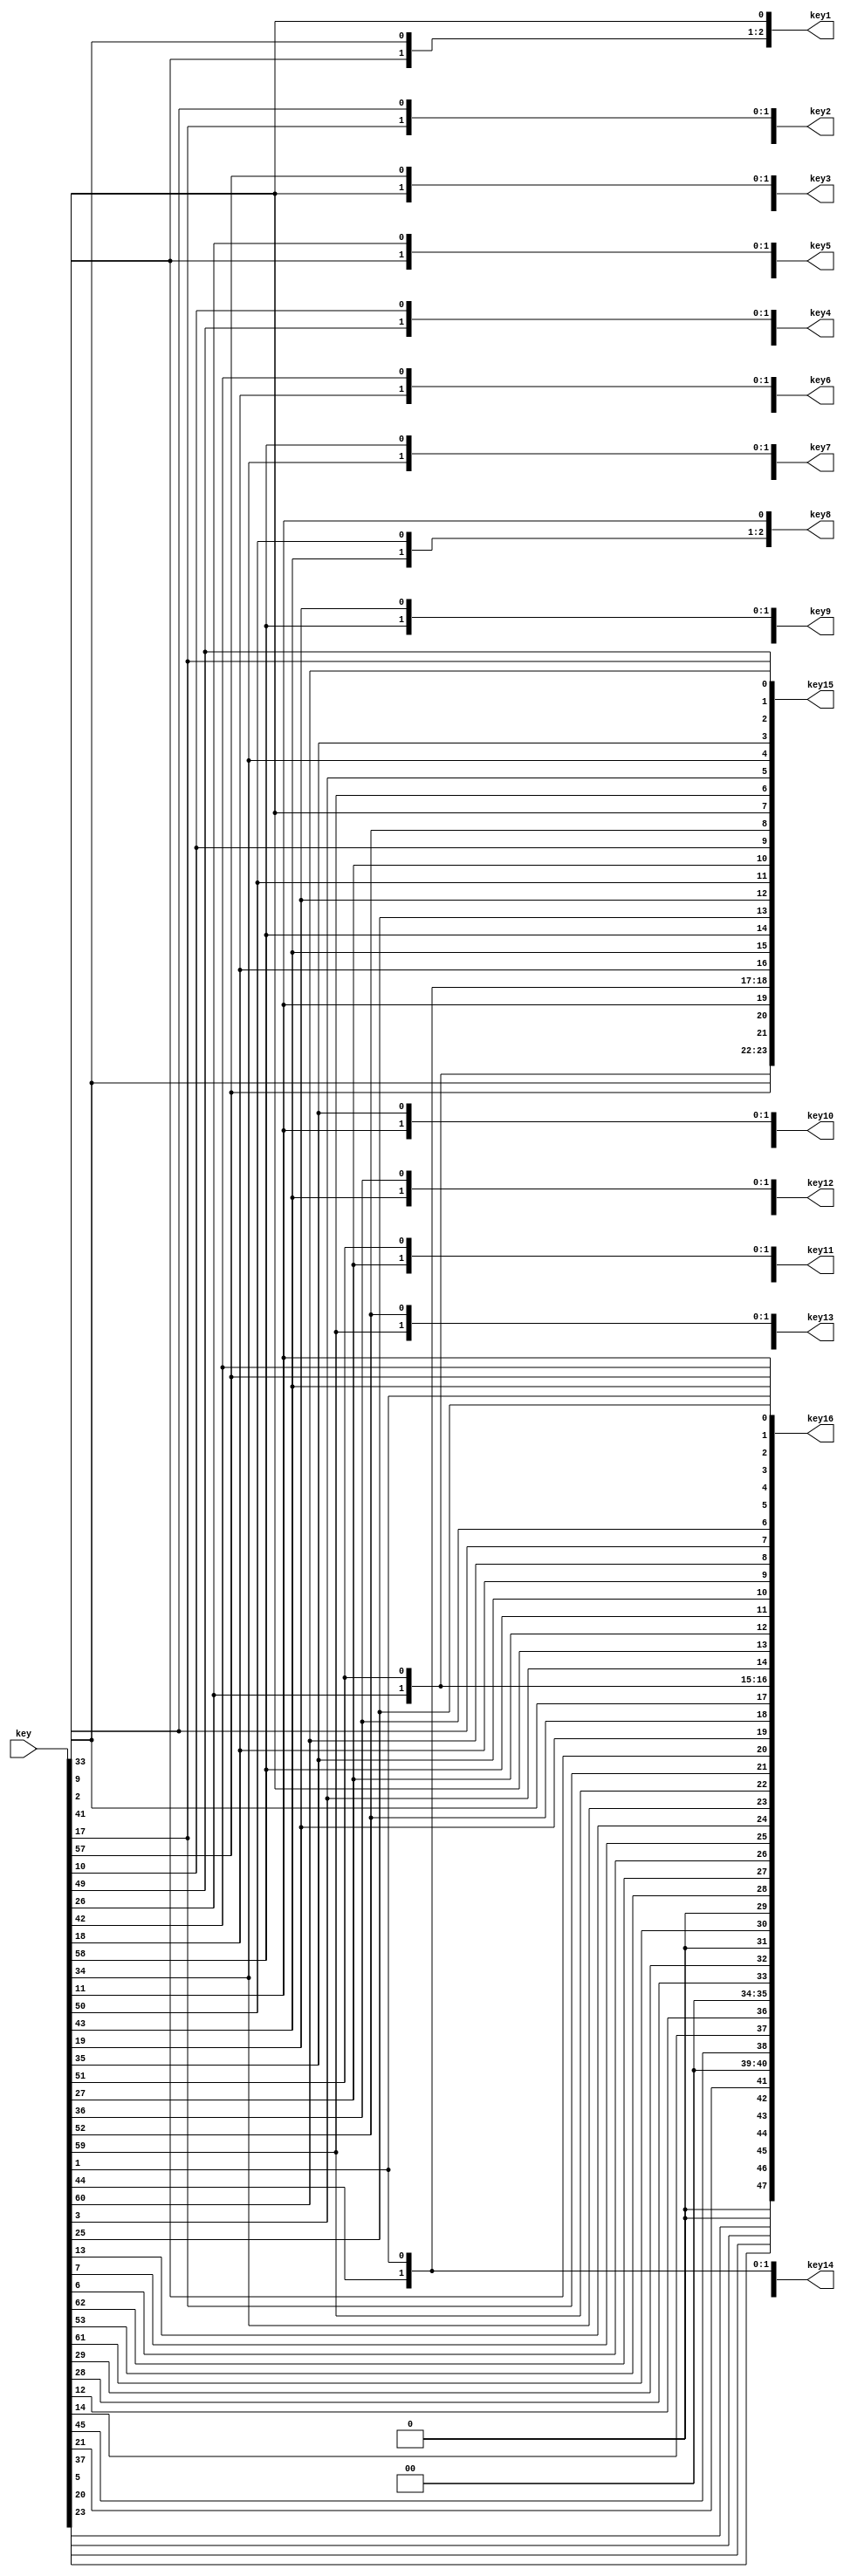

module KeyTf(output reg [47:0] key1, key2, key3, key4, key5, key6, key7, key8, key9, key10, key11, key12, key13, key14, key15, key16, input [63:0] key);
  //Key transform where, 56 bitsare taken from the 64 bit key.
  function [55:0] PC1_perm(input [63:0] key);
    integer PC1[55:0];
    integer i;
    reg [55:0] temp_perm;
    begin
			PC1[0] = 57;PC1[1] = 49;PC1[2] = 41;PC1[3] = 33;PC1[4] = 25;PC1[5] = 17;PC1[6] = 9;PC1[7] = 1;
			PC1[8] = 58;PC1[9] = 50;PC1[10] = 42;PC1[11] = 34;PC1[12] = 26;PC1[13] = 18;PC1[14] = 10;PC1[15] = 2;
			PC1[16] = 59;PC1[17] = 51;PC1[18] = 43;PC1[19] = 35;PC1[20] = 27;PC1[21] = 19;PC1[22] = 11;PC1[23] = 3;
			PC1[24] = 60;PC1[25] = 52;PC1[26] = 44;PC1[27] = 36;PC1[28] = 63;PC1[29] = 55;PC1[30] = 47;PC1[31] = 39;
			PC1[32] = 31;PC1[33] = 23;PC1[34] = 15;PC1[35] = 7;PC1[36] = 62;PC1[37] = 54;PC1[38] = 46;PC1[39] = 38;
			PC1[40] = 30;PC1[41] = 22;PC1[42] = 14;PC1[43] = 6;PC1[44] = 61;PC1[45] = 53;PC1[46] = 45;PC1[47] = 37;
      PC1[48] = 29;PC1[49] = 21;PC1[50] = 13;PC1[51] = 5;PC1[52] = 28;PC1[53] = 20;PC1[54] = 12;PC1[55] = 4;

			for(i=0; i<56; i=i+1)
        temp_perm[55-i] = key[64-PC1[i]];

			PC1_perm = temp_perm;
    end
  endfunction
  // key transform 2. where 48 bits are chosen from the 56 bit key. (this key is different for every iteration. )
  // 16 iterations are carried out.
  function [47:0] PC2_perm(input [55:0] key_s);
    integer PC2[47:0];
    integer i;
    reg [47:0] temp_perm;
    begin
			PC2[0] = 14;PC2[1] = 17;PC2[2] = 11;PC2[3] = 24;PC2[4] = 1;PC2[5] = 5;PC2[6] = 3;PC2[7] = 28;
			PC2[8] = 15;PC2[9] = 6;PC2[10] = 21;PC2[11] = 10;PC2[12] = 23;PC2[13] = 19;PC2[14] = 12;PC2[15] = 4;
			PC2[16] = 26;PC2[17] = 8;PC2[18] = 16;PC2[19] = 7;PC2[20] = 27;PC2[21] = 20;PC2[22] = 13;PC2[23] = 2;
			PC2[24] = 41;PC2[25] = 52;PC2[26] = 31;PC2[27] = 37;PC2[28] = 47;PC2[29] = 55;PC2[30] = 30;PC2[31] = 40;
			PC2[32] = 51;PC2[33] = 45;PC2[34] = 33;PC2[35] = 48;PC2[36] = 44;PC2[37] = 49;PC2[38] = 39;PC2[39] = 56;
			PC2[40] = 34;PC2[41] = 53;PC2[42] = 46;PC2[43] = 42;PC2[44] = 50;PC2[45] = 36;PC2[46] = 29;PC2[47] = 32;

			for(i=0; i<48; i=i+1)
        temp_perm[47-i] = key_s[56-PC2[i]];

			PC2_perm = temp_perm;
    end
  endfunction
// Left shift function to choose the 48 bit key from the 56 bit key.
  function [55:0] C_i_D_i(input integer i, input [27:0] C_last, D_last);
    integer shift_left[0:15];
    begin
      shift_left[0] = 1;
      shift_left[1] = 1;
      shift_left[2] = 2;
      shift_left[3] = 2;
      shift_left[4] = 2;
      shift_left[5] = 2;
      shift_left[6] = 2;
      shift_left[7] = 2;
      shift_left[8] = 1;
      shift_left[9] = 2;
      shift_left[10] = 2;
      shift_left[11] = 2;
      shift_left[12] = 2;
      shift_left[13] = 2;
      shift_left[14] = 2;
      shift_left[15] = 1;

      if(shift_left[i-1] == 'd1)
        C_i_D_i = {C_last[26:0], C_last[27], D_last[26:0], D_last[27]};
      else if(shift_left[i-1] == 'd2)
        C_i_D_i = {C_last[25:1], C_last[27:26], D_last[25:0], D_last[27:26]};

    end
  endfunction

  reg [55:0] temp_pc1;
  reg [27:0] C[16:0], D[16:0];
  reg [47:0] K[0:15];
  integer i;

  always @(key)
  begin
    temp_pc1 = PC1_perm(key);
    C[0] = temp_pc1[55:28];
    D[0] = temp_pc1[27:0];
    for(i=1; i<=16; i=i+1)
    begin
      {C[i], D[i]} = C_i_D_i(i, C[i-1], D[i-1]);
      K[i-1] = PC2_perm({C[i], D[i]});
    end

    key1 = K[0];
    key2 = K[1];
    key3 = K[2];
    key4 = K[3];
    key5 = K[4];
    key6 = K[5];
    key7 = K[6];
    key8 = K[7];
    key9 = K[8];
    key10 = K[9];
    key11 = K[10];
    key12 = K[11];
    key13 = K[12];
    key14 = K[13];
    key15 = K[14];
    key16 = K[15];
  end
endmodule